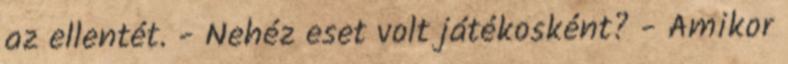
az ellentét. - Nehéz eset volt játékosként? - Amikor